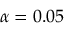
\alpha = 0 . 0 5